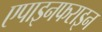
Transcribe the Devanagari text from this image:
एपाइनफराइन